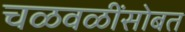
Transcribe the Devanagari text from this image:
चळवळींसोबत